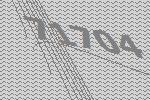
71704